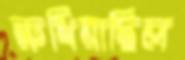
রুধিয়াছিল